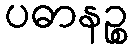
ပဓာနဉ္စ